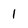
Character: 1